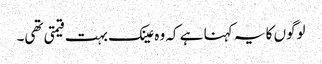
لوگوں کا یہ کہنا ہے کہ وہ عینک بہت قیمتی تھی۔